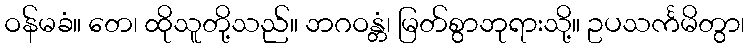
ဝန်မခံ။ တေ၊ ထိုသူတို့သည်။ ဘဂဝန္တံ၊ မြတ်စွာဘုရားသို့။ ဥပသင်္ကမိတွာ၊